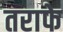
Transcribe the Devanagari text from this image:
तराफे